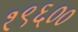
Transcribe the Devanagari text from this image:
१९६००